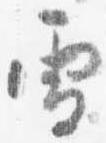
雪